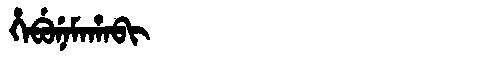
Manchu: ᡥᡝᠪᡠᠨᡝᠮᠠᡥᠠᠪᡳ
Romanization: HEBUNEMAHABI